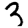
Digit: 3